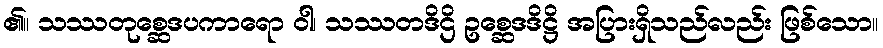
၏။ သဿတုစ္ဆေဒပကာရော ဝါ၊ သဿတဒိဌိ ဥစ္ဆေဒဒိဋ္ဌိ အပြားရှိသည်လည်း ဖြစ်သော။